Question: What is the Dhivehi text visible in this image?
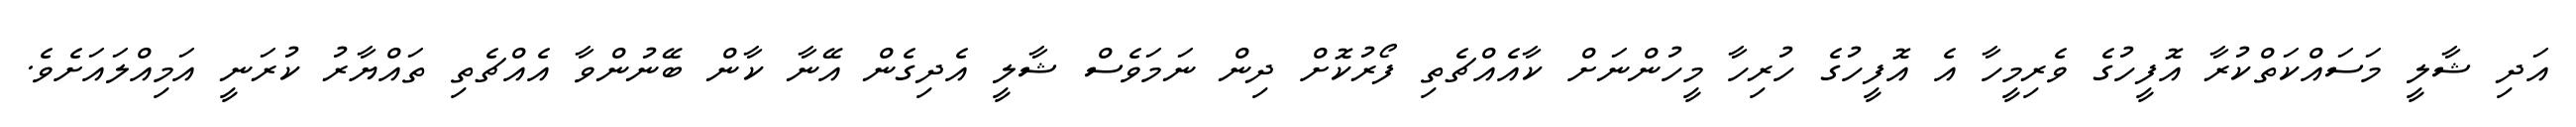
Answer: އަދި ޝާލީ މަސައްކަތްކުރާ އޮފީހުގެ ވެރިމީހާ އެ އޮފީހުގެ ހުރިހާ މީހުންނަށް ކާއެއްޗެތި ފޯރުކޮށް ދިން ނަމަވެސް ޝާލީ އެދިގެން އޭނާ ކާން ބޭނުންވާ އެއްޗެތި ތައްޔާރު ކުރަނީ އަމިއްލައަށެވެ.